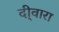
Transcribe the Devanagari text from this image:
दी्वारा